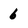
Character: 6